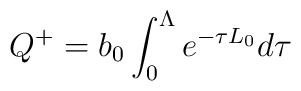
Q^+=b_0\int_0^\Lambda e^{-\tau L_0}d\tau